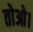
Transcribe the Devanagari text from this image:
तोओ।